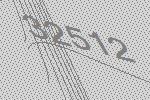
32512